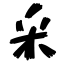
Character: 釆